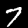
Label: 7